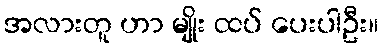
အလားတူ ဟာ မျိုး ထပ် ပေးပါဦး။